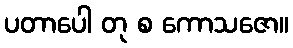
ပတာပေါ တု စ ကောသဇော။